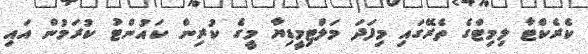
ކެރެކްޓާ ލިމިޓްގެ ތެރޭގައި މިފަދަ މަލްޓިމީޑިޔާ މީގެ ކުރިން ކައުންޓު ކުރަމުން އައި